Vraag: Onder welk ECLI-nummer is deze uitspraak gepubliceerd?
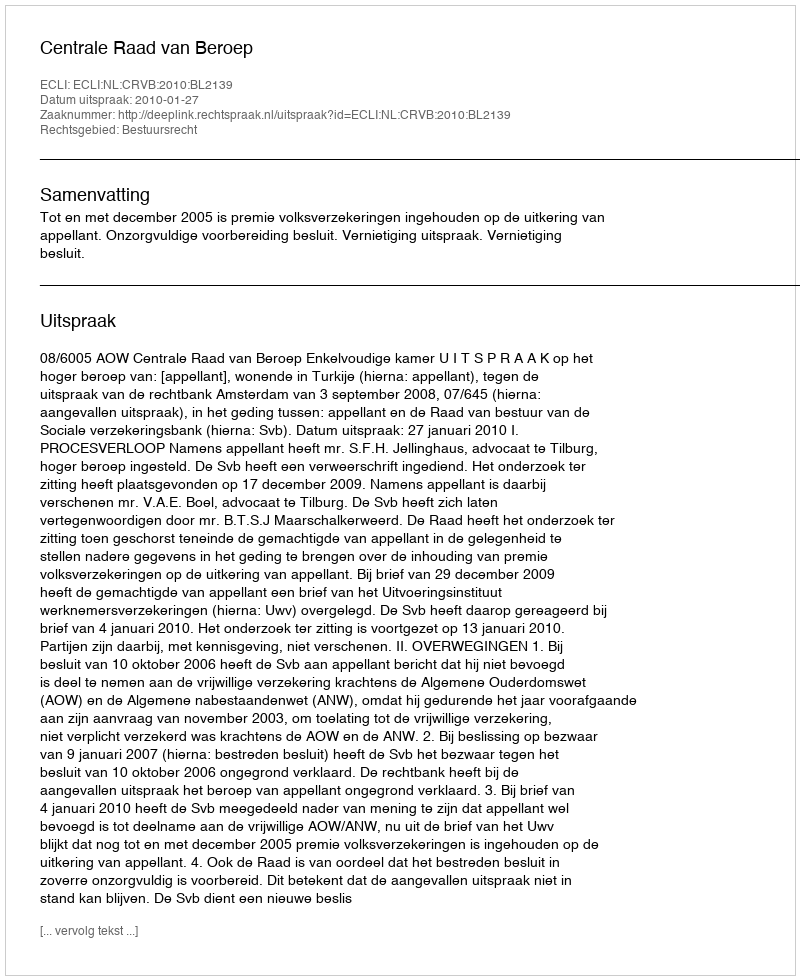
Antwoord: ECLI:NL:CRVB:2010:BL2139